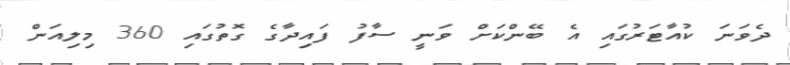
ދެވަނަ ކުއާޓަރުގައި އެ ބޭންކަށް ވަނީ ސާފު ފައިދާގެ ގޮތުގައި 360 މިލިއަން